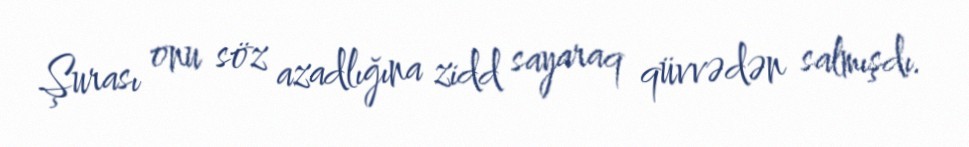
Şurası onu söz azadlığına zidd sayaraq qüvvədən salmışdı.